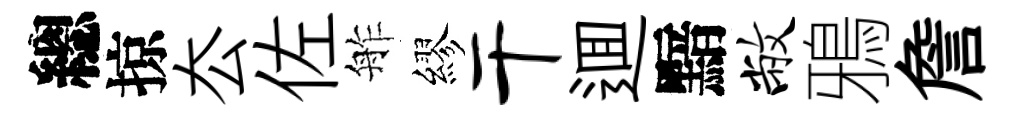
總掠厺佐舴繆干逥黯敝鴉詹